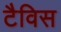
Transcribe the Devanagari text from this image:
टैविस